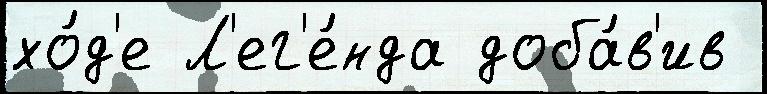
хо́д'е Л'ег'е́нда доба́в'ив